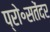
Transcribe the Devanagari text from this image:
प्रो॰सतेंदर